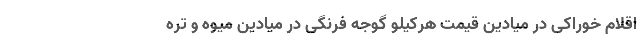
اقلام خوراکی در میادین قیمت هرکیلو گوجه فرنگی در میادین میوه و تره